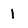
Character: 1